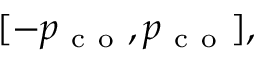
[ - p _ { \mathrm { ~ c ~ o ~ } } , p _ { \mathrm { ~ c ~ o ~ } } ] ,